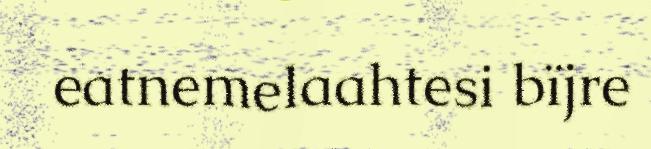
eatnemelaahtesi bïjre